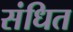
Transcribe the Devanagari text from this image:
संधित